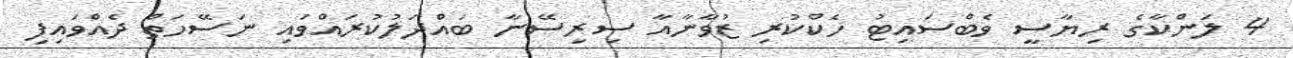
4 ލަންކާގެ ރިޔާސީ ވެބްސައިޓު ހެކްކުރި ޒުވާނާއާ ސިރިސޭނާ ބައްދަލުކުރައްވައި ނަސޭހަތް ދެއްވައިފި